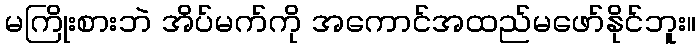
မကြိုးစားဘဲ အိပ်မက်ကို အကောင်အထည်မဖော်နိုင်ဘူး။